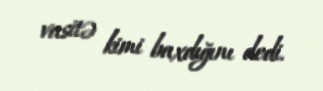
vasitə kimi baxdığını dedi.